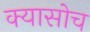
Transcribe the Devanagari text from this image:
क्यासोच